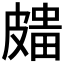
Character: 𥀒